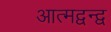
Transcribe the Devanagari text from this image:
आत्मद्वन्द्व